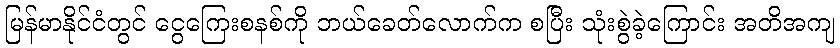
မြန်မာနိုင်ငံတွင် ငွေကြေးစနစ်ကို ဘယ်ခေတ်လောက်က စပြီး သုံးစွဲခဲ့ကြောင်း အတိအကျ